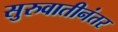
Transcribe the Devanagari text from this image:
सुरुवातीनंतर